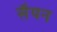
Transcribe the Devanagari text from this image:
सैयन